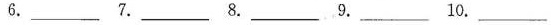
6.___ 7.___ 8.___ 9.___ 10.___